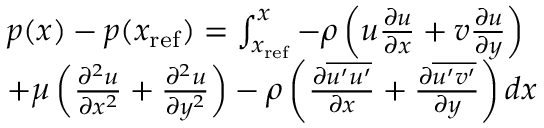
\begin{array} { r l } & { p ( x ) - p ( x _ { \mathrm { r e f } } ) = \int _ { x _ { \mathrm { r e f } } } ^ { x } { - \rho \left( u \frac { \partial u } { \partial x } + v \frac { \partial u } { \partial y } \right) } } \\ & { + \mu \left( \frac { \partial ^ { 2 } u } { \partial x ^ { 2 } } + \frac { \partial ^ { 2 } u } { \partial y ^ { 2 } } \right) - \rho \left( \frac { \partial \overline { { u ^ { \prime } u ^ { \prime } } } } { \partial x } + \frac { \partial \overline { { u ^ { \prime } v ^ { \prime } } } } { \partial y } \right) d x } \end{array}